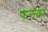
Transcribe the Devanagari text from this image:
फलका